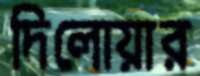
দিলোয়ার